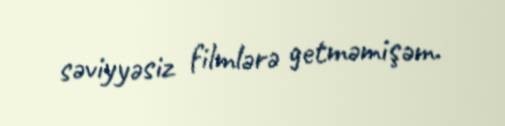
səviyyəsiz filmlərə getməmişəm.